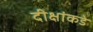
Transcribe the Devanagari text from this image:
दीक्षांकडे